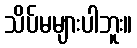
သိပ်မများပါဘူး။